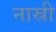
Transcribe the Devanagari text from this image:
नास्री